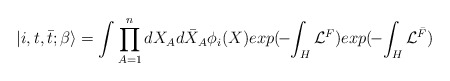
\begin{align*}|i, t ,{\bar t}; \beta \rangle = \int \prod_{A=1}^{n} dX_Ad{\bar X}_A \phi_i(X) exp(\!-\! \int_H {\cal L}^{F})exp(\!- \! \int_H {\cal L}^{\bar F})\end{align*}